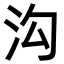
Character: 沟